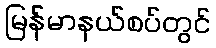
မြန်မာနယ်စပ်တွင်